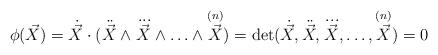
LaTeX: \begin{align*} \phi ( {\vec {X}} ) = \dot { \vec{X} } \cdot ( {\ddot {\vec {X}} \wedge \dddot{\vec {X}}\wedge \ldots\wedge \mathop {\vec {X}}\limits^{\left( n \right)} } ) = \det( {\dot {\vec {X}},\ddot {\vec {X}}, \dddot{\vec {X}},\ldots ,\mathop{\vec {X}}\limits^{\left( n \right)} } ) = 0\end{align*}